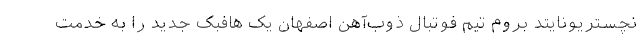
نچستریونایتد بروم تیم فوتبال ذوب‌آهن اصفهان یک هافبک جدید را به خدمت